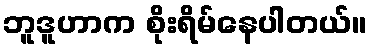
ဘူဒူဟာက စိုးရိမ်နေပါတယ်။